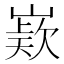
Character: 𭗊